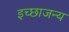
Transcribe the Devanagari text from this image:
इच्छाजन्य